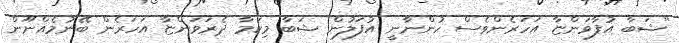
"ޝަބާ އުފާވަންޏާ އަހަރެންވެސް ހުންނާނީ އުފަލުން ޝަބާ މިކަމާ ދެރަވަންޏާ އަހަރެން ބޭނުމެއްނޫން